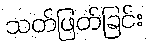
သတ်ဖြတ်ခြင်း